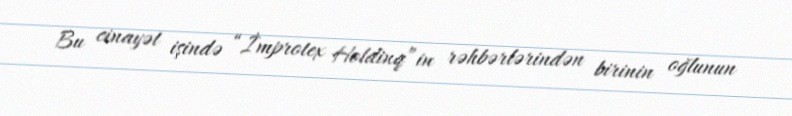
Bu cinayət işində “İmprotex Holdinq”in rəhbərlərindən birinin oğlunun